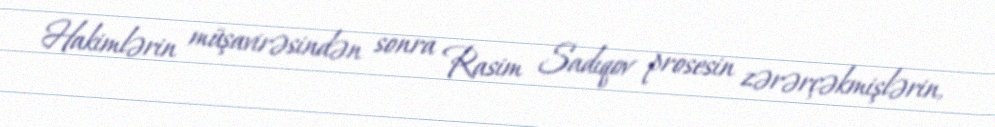
Hakimlərin müşavirəsindən sonra Rasim Sadıqov prosesin zərərçəkmişlərin,